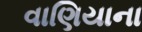
વાણિયાના